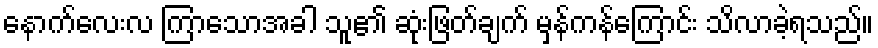
နောက်လေးလ ကြာသောအခါ သူ၏ ဆုံးဖြတ်ချက် မှန်ကန်ကြောင်း သိလာခဲ့ရသည်။